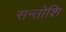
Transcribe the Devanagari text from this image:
सन्तोशि